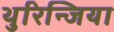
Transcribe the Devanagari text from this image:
थुरिन्जिया